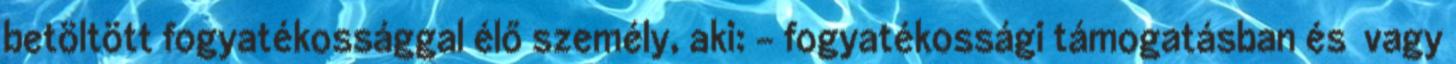
betöltött fogyatékossággal élő személy, aki: - fogyatékossági támogatásban és vagy